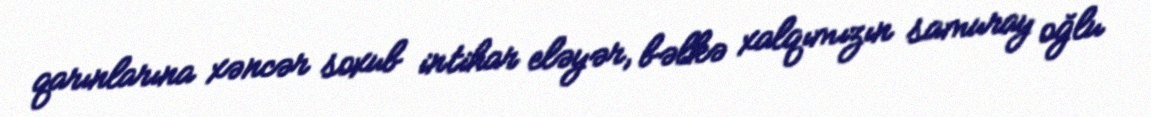
qarınlarına xəncər soxub intihar eləyər, bəlkə xalqımızın samuray oğlu